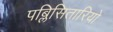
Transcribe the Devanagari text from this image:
पब्लिसितारियो